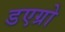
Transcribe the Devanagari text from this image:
डएग्रो